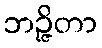
ဘဉ္ဇိတာ